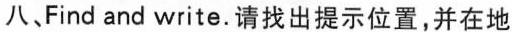
八、Find and write.请找出提示位置,并在地